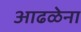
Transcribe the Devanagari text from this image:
आढळेना